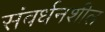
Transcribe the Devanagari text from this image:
संवर्धनशील